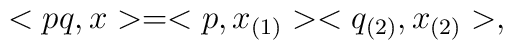
<pq,x> =<p, x_{(1)}><q_{(2)}, x_{(2)}>,